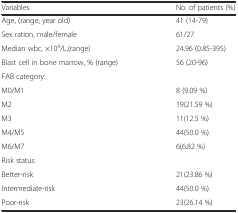
<table><thead><tr><td><b>Variables</b></td><td><b>No. of patients (%)</b></td></tr></thead><tbody><tr><td>Age, (range, year old)</td><td>41 (14-79)</td></tr><tr><td>Sex ration, male/female</td><td>61/27</td></tr><tr><td>Median wbc, ×10<sup>9</sup>/L,(range)</td><td>24.96 (0.85-395)</td></tr><tr><td>Blast cell in bone marrow, % (range)</td><td>56 (20-96)</td></tr><tr><td>FAB category:</td><td></td></tr><tr><td>M0/M1</td><td>8 (9.09 %)</td></tr><tr><td>M2</td><td>19(21.59 %)</td></tr><tr><td>M3</td><td>11(12.5 %)</td></tr><tr><td>M4/M5</td><td>44(50.0 %)</td></tr><tr><td>M6/M7</td><td>6(6.82 %)</td></tr><tr><td>Risk status:</td><td></td></tr><tr><td>Better-risk</td><td>21(23.86 %)</td></tr><tr><td>Intermediate-risk</td><td>44(50.0 %)</td></tr><tr><td>Poor-risk</td><td>23(26.14 %)</td></tr></tbody></table>